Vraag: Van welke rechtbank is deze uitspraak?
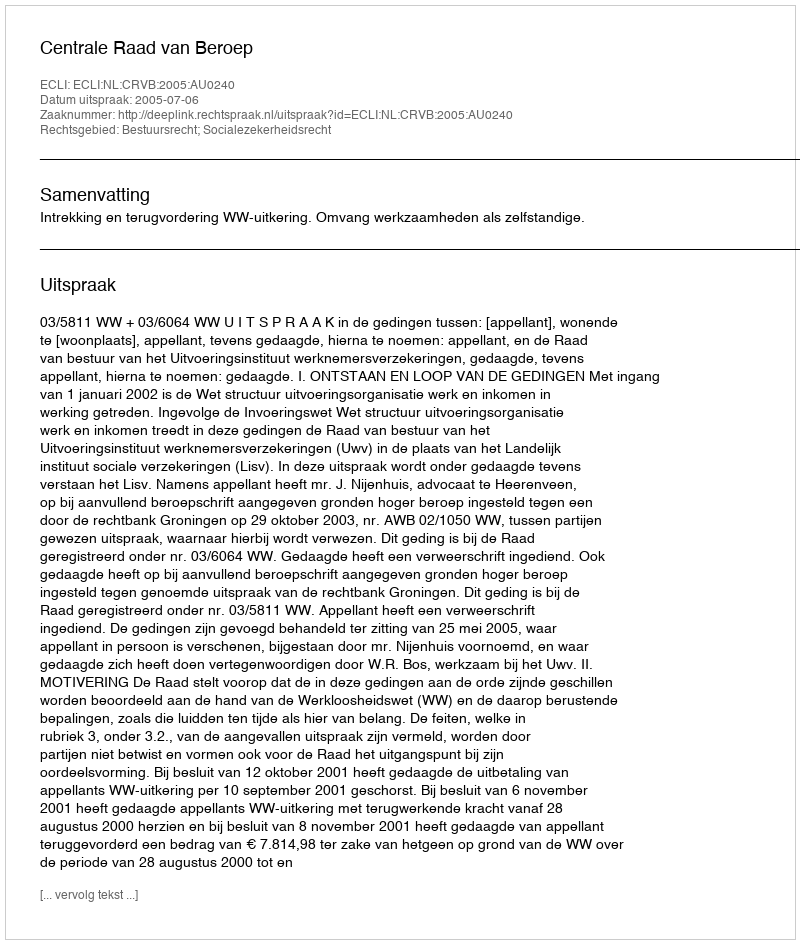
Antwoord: Centrale Raad van Beroep